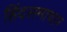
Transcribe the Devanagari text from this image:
हिंदसमाचार